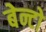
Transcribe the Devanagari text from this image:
बेन्टो